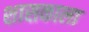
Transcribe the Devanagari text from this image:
शासकाला